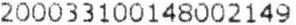
200033100148002149